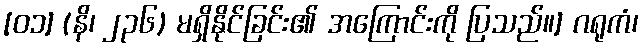
[၀၁] (နိ၊ ၂၃၆) မရှိနိုင်ခြင်း၏ အကြောင်းကို ပြသည်။] ဂရုကံ၊